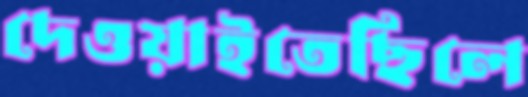
দেওয়াইতেছিলে